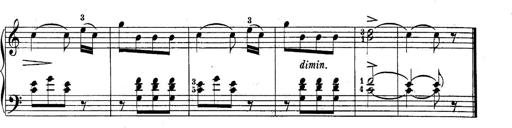
Title: 10 Sonatines progressives
Composer: Anton Schmoll